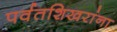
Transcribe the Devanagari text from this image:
पर्वतशिखरांना